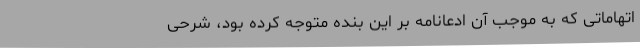
اتهاماتی که به موجب آن ادّعانامه بر این بنده متوجه کرده بود، شرحی